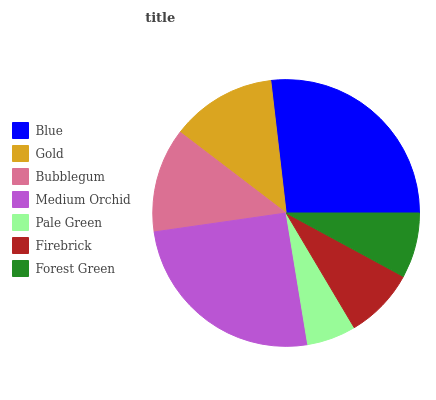
| Blue | Gold | Bubblegum | Medium Orchid | Pale Green | Firebrick | Forest Green |
 | --- | --- | --- | --- | --- | --- | --- |
 | 26.9% | 12.8% | 12.6% | 25.3% | 5.93% | 8.58% | 7.89% |